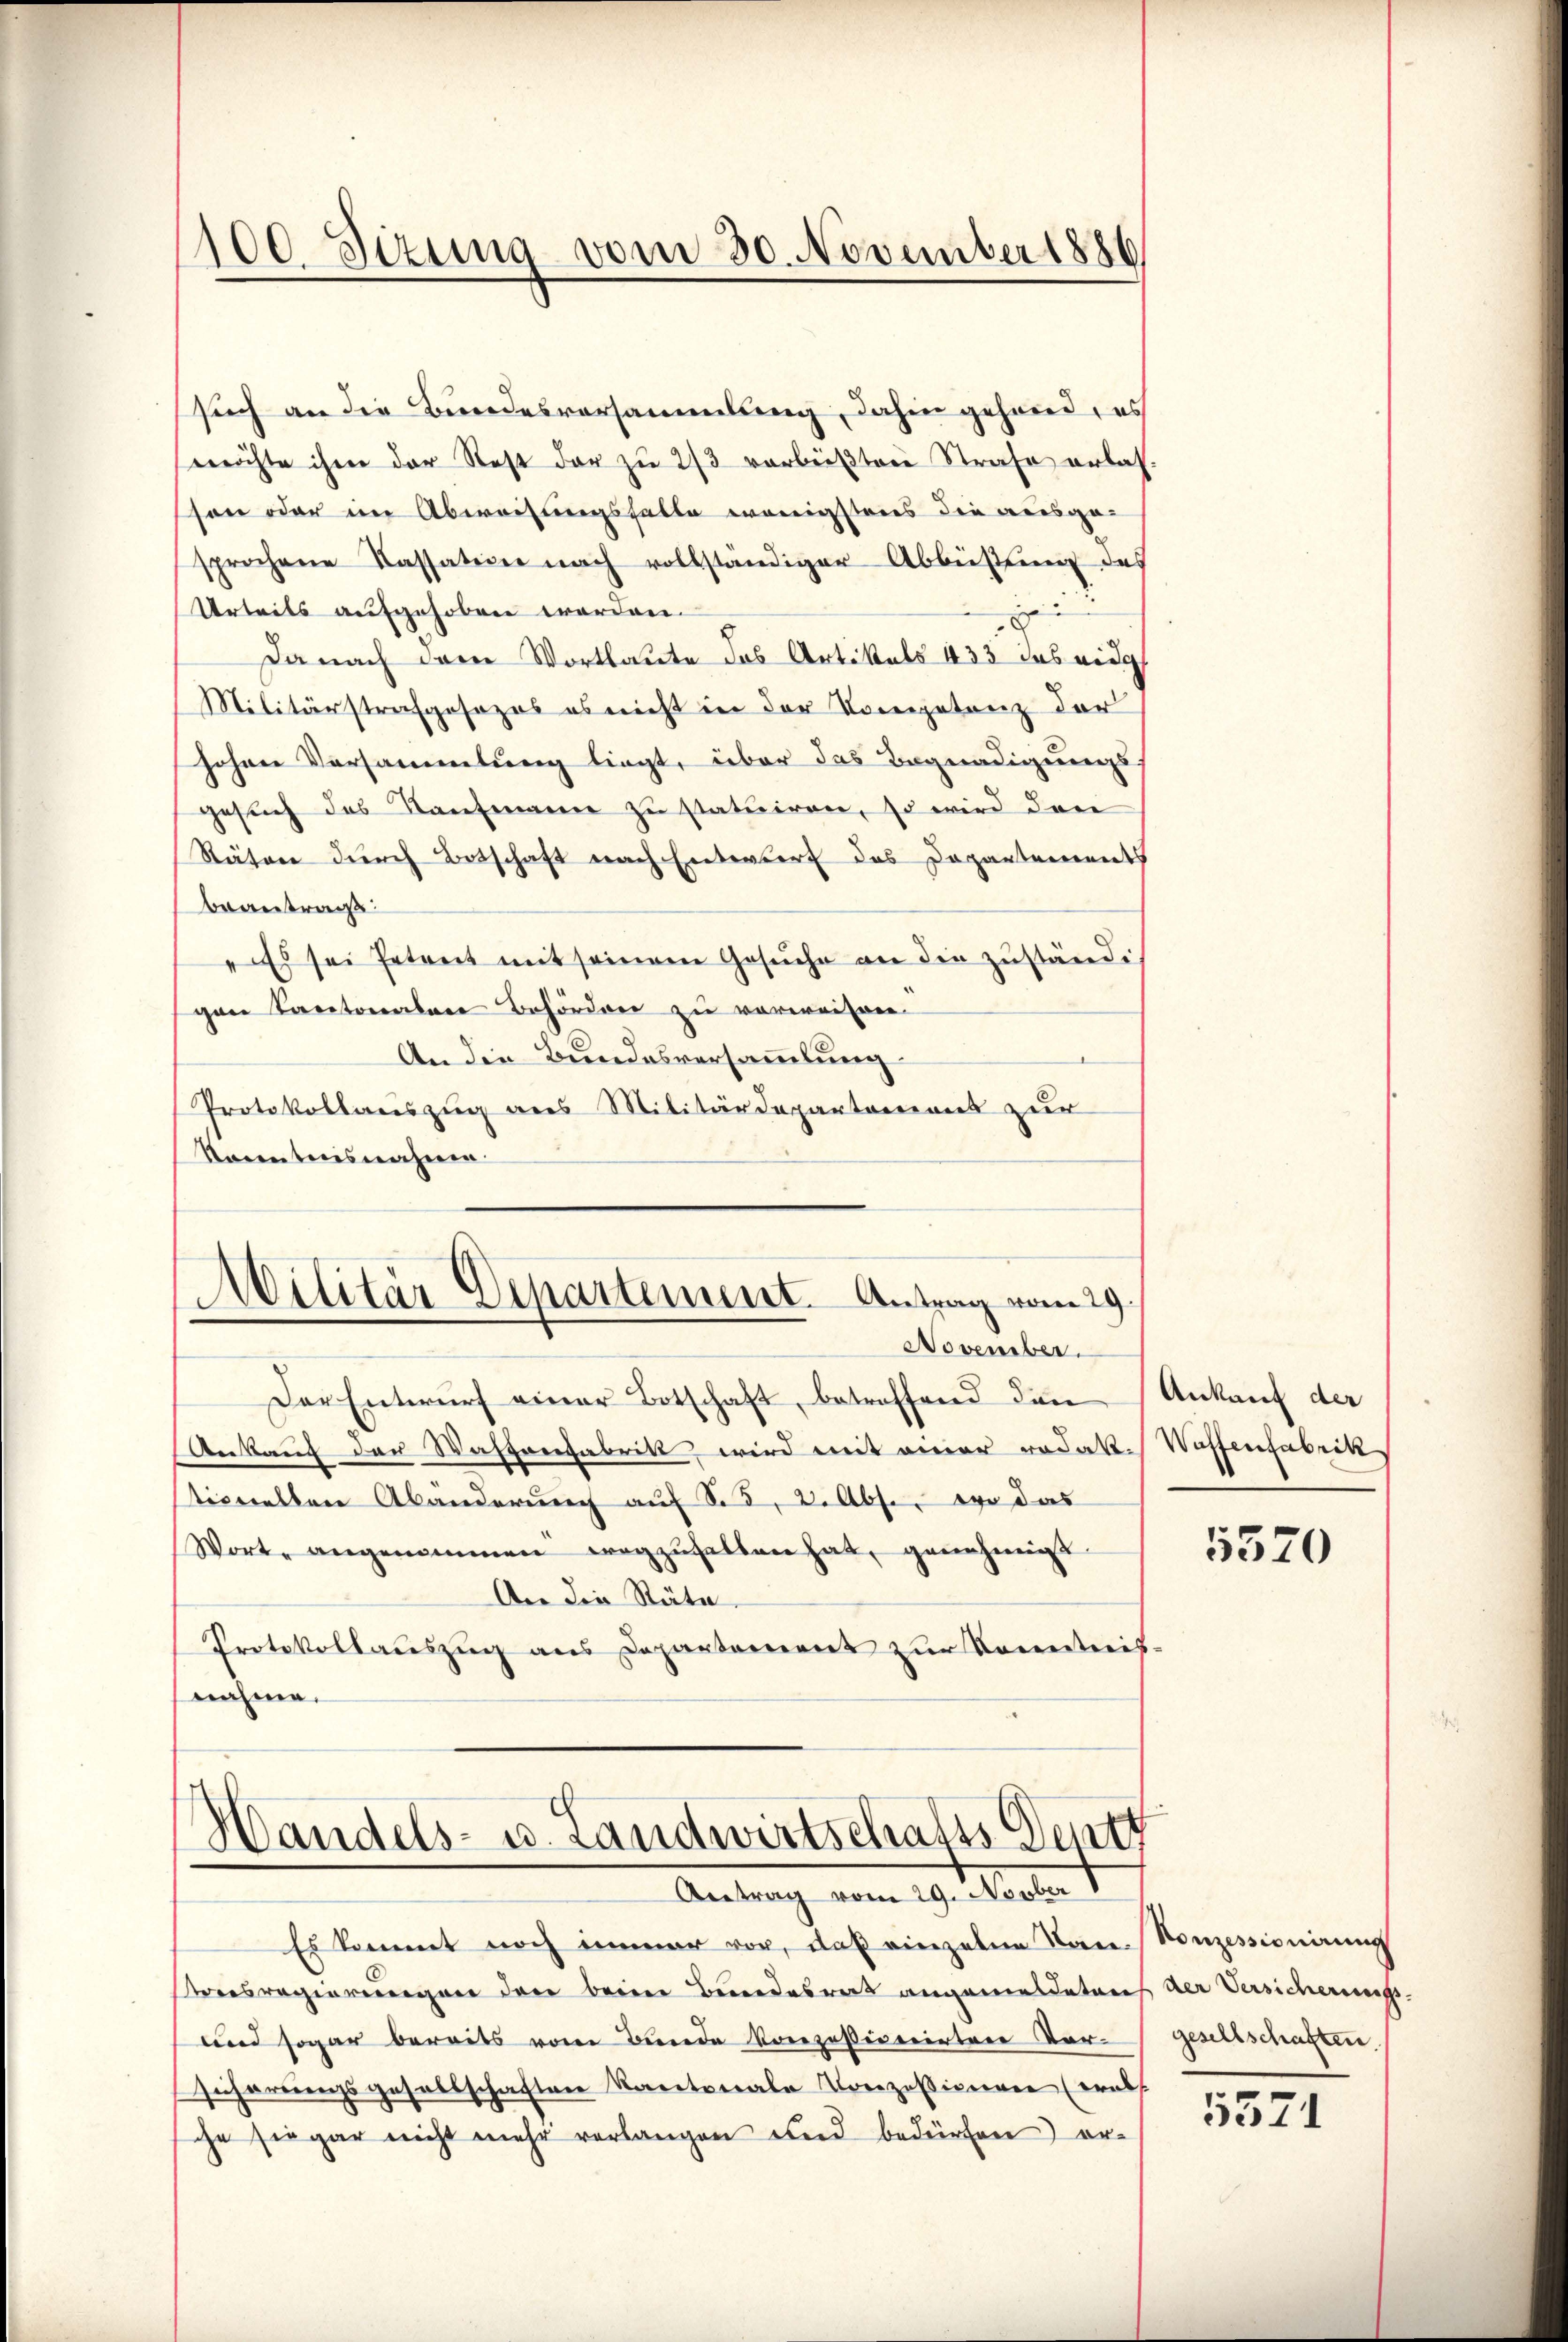
100. Sizung vom 30. November 1886

such an die Bundesversammlung, dahin gehand, es
möchte ihm der Rest der zu 2/3 vorbeisten Strafe erlasson oder in Abweisungsfalle wenigstens die ausge-
sprochene Kassation nach vollständiger Abbüßung des
Urteils aufgehoben worden.
e
da nach dem Wortlaute das Artikals 433 das eidg
Militärstrafgesezes es nicht in der Kompetenz der
Johann Vorsammlung liegt, über das Begnadigungs-
gesuch des Kaufmann zu statuiren, so wird den
Räten durch Botschaft nach Enterber das Departement
beantrage:
"Es sei Petent mit seinem Gesuche an die zuständi
gane Kantonalen Behörden zu verweisver¬
An die Bundesversammlung
Protokollauszug aus Militärdepartamens zur
Racentnisnahmen.
Militär Departement. Antrag vom 29.
November.
Der Entwŭrf einer Botschaft, betreffend den
Ankauf der Waffenfabrik wird mit einer redak-Waffenfabrik
stimmelten Abänderung aŭf So, 2. Abse, wo das
Wort angenommen wegzŭselben hat, genehmigt
An die Räte
Protokollauszug aus Departement zur Kontreit.
nahme.

Handels- u. Landwirtschafts-Dentt
Antrag vom 29. Novber 1

Es kommt noch immer vor, daß einzelne Nan-Konzessionirung
Preisregierungen den beim Bundesrat angemeldeten der Versicherungs-
und sogar bereits vom Bunde konzessionirten Versicherungsgesellschaften Kantonale Konzessigenen (erabs
che sie gar nicht mehr verlangen und bedürfen er-

Ankauf der

5520

gesellschaften.

5571